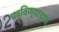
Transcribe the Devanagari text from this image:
घडविण्याचाच